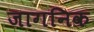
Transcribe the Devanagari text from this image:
जागनिक